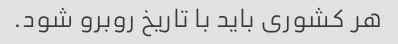
هر کشوری باید با تاریخ روبرو شود.